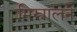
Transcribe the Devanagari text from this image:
मिस्त्रालने